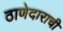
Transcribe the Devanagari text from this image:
ठाणेदाराची